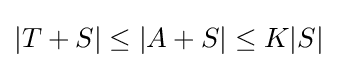
|T+S|\leq |A+S|\leq K|S|